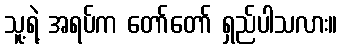
သူ့ရဲ့ အရပ်က တော်တော် ရှည်ပါသလား။